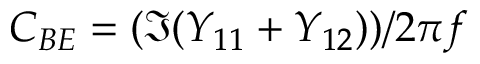
C _ { B E } = ( \Im ( Y _ { 1 1 } + Y _ { 1 2 } ) ) / 2 \pi f